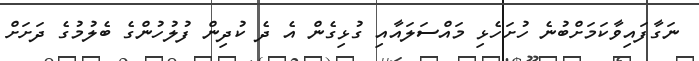
ނަގާފައިވާކަމަށްބުނެ ހުށަހެޅި މައްސަލައާއި ގުޅިގެން އެ ދެ ކުދިން ފުލުހުންގެ ބެލުމުގެ ދަށަށް